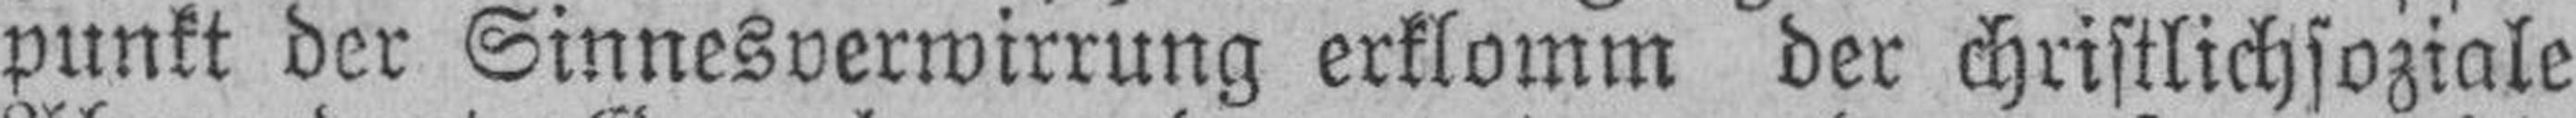
punkt der Sinnesverwirrung erklomm der christlichsoziale